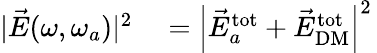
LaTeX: \begin{array}{rl}{|\vec{E}(\omega,\omega_{a})|^{2}}&{{}=\left|\vec{E}_{a}^{\mathrm{tot}}+\vec{E}_{\mathrm{DM}}^{\mathrm{tot}}\right|^{2}\, }\end{array}